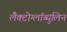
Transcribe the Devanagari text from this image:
लैक्टोग्लॉब्युलिन